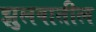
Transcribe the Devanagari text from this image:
झुलवातील